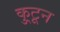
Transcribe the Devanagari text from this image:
कु्टून